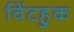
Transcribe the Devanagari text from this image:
विंटहुक